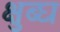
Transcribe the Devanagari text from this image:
क्षुब्घ